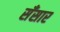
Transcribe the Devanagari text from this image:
सँसार